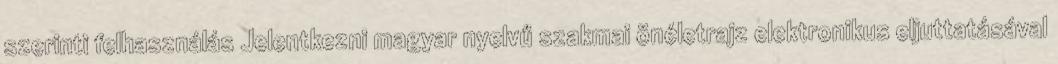
szerinti felhasználás Jelentkezni magyar nyelvű szakmai önéletrajz elektronikus eljuttatásával